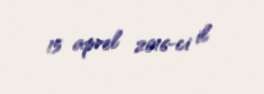
15 aprel 2016-ci il